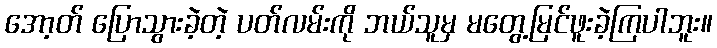
အော့တ် ပြောသွားခဲ့တဲ့ ပတ်လမ်းကို ဘယ်သူမှ မတွေ့မြင်ဖူးခဲ့ကြပါဘူး။